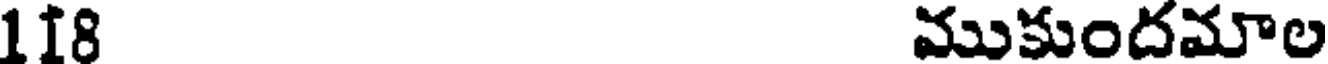
118 ముకుందమాల